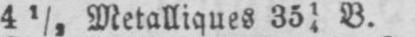
4½ Metalliques 3514 B.